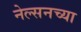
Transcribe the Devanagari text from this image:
नेल्सनच्या